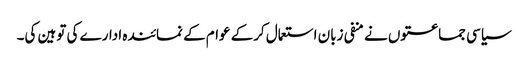
سیاسی جماعتوں نے منفی زبان استعمال کرکے عوام کے نمائندہ ادارے کی توہین کی۔